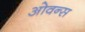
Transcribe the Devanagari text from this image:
ओवन्स